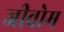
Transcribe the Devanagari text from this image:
जीवोम